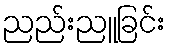
ညည်းညူခြင်း